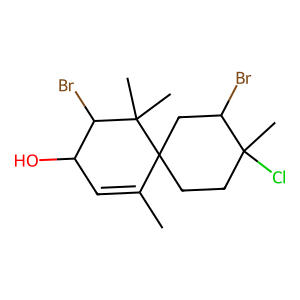
SMILES: CC1=CC(O)C(Br)C(C)(C)C12CCC(C)(Cl)C(Br)C2
Inhibits HIV replication: No